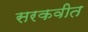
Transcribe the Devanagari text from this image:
सरकवीत